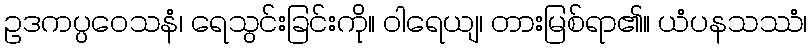
ဥဒကပ္ပဝေသနံ၊ ရေသွင်းခြင်းကို။ ဝါရေယျ၊ တားမြစ်ရာ၏။ ယံပနသဿံ၊